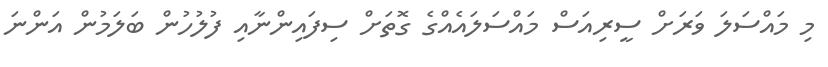
މި މައްސަލަ ވަރަށް ސީރިއަސް މައްސަލައެއްގެ ގޮތަށް ސިފައިންނާއި ފުލުހުން ބަލަމުން އަންނަ